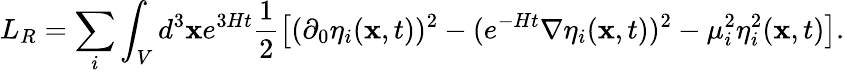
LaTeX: L_{R}=\sum_{i}\int_{V}d^{3}{\mathbf x}e^{3Ht}\frac{1}{2}\left[(\partial_{0}\eta_{i}({\mathbf x},t))^{2}-(e^{-Ht}{\mathbf\nabla}\eta_{i}({\mathbf x},t))^{2}-\mu_{i}^{2}\eta_{i}^{2}({\mathbf x},t)\right].